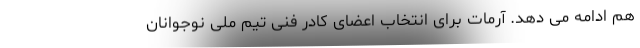
هم ادامه می دهد. آرمات برای انتخاب اعضای کادر فنی تیم ملی نوجوانان